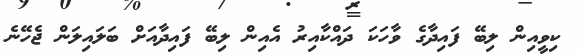
ކިވީއިން ލިބޭ ފައިދާގެ ވާހަކަ ދައްކާއިރު އެއިން ލިބޭ ފައިދާއަށް ބަލައިލަން ޖެހޭނެ